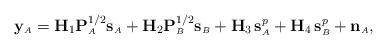
LaTeX: \begin{align*} \mathbf{y}_{\scriptscriptstyle{A}} = \mathbf{H}_1 \mathbf{P}^{1/2}_{\scriptscriptstyle{A}} \mathbf{s}_{\scriptscriptstyle{A}} + \mathbf{H}_2 \mathbf{P}^{1/2}_{\scriptscriptstyle{B}} \mathbf{s}_{\scriptscriptstyle{B}} + \mathbf{H}_3 \,\mathbf{s}^p_{\scriptscriptstyle{A}} + \mathbf{H}_4 \,\mathbf{s}^p_{\scriptscriptstyle{B}} + \mathbf{n}_{\scriptscriptstyle{A}},\end{align*}